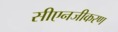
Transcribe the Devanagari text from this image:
सीएनजीकरण